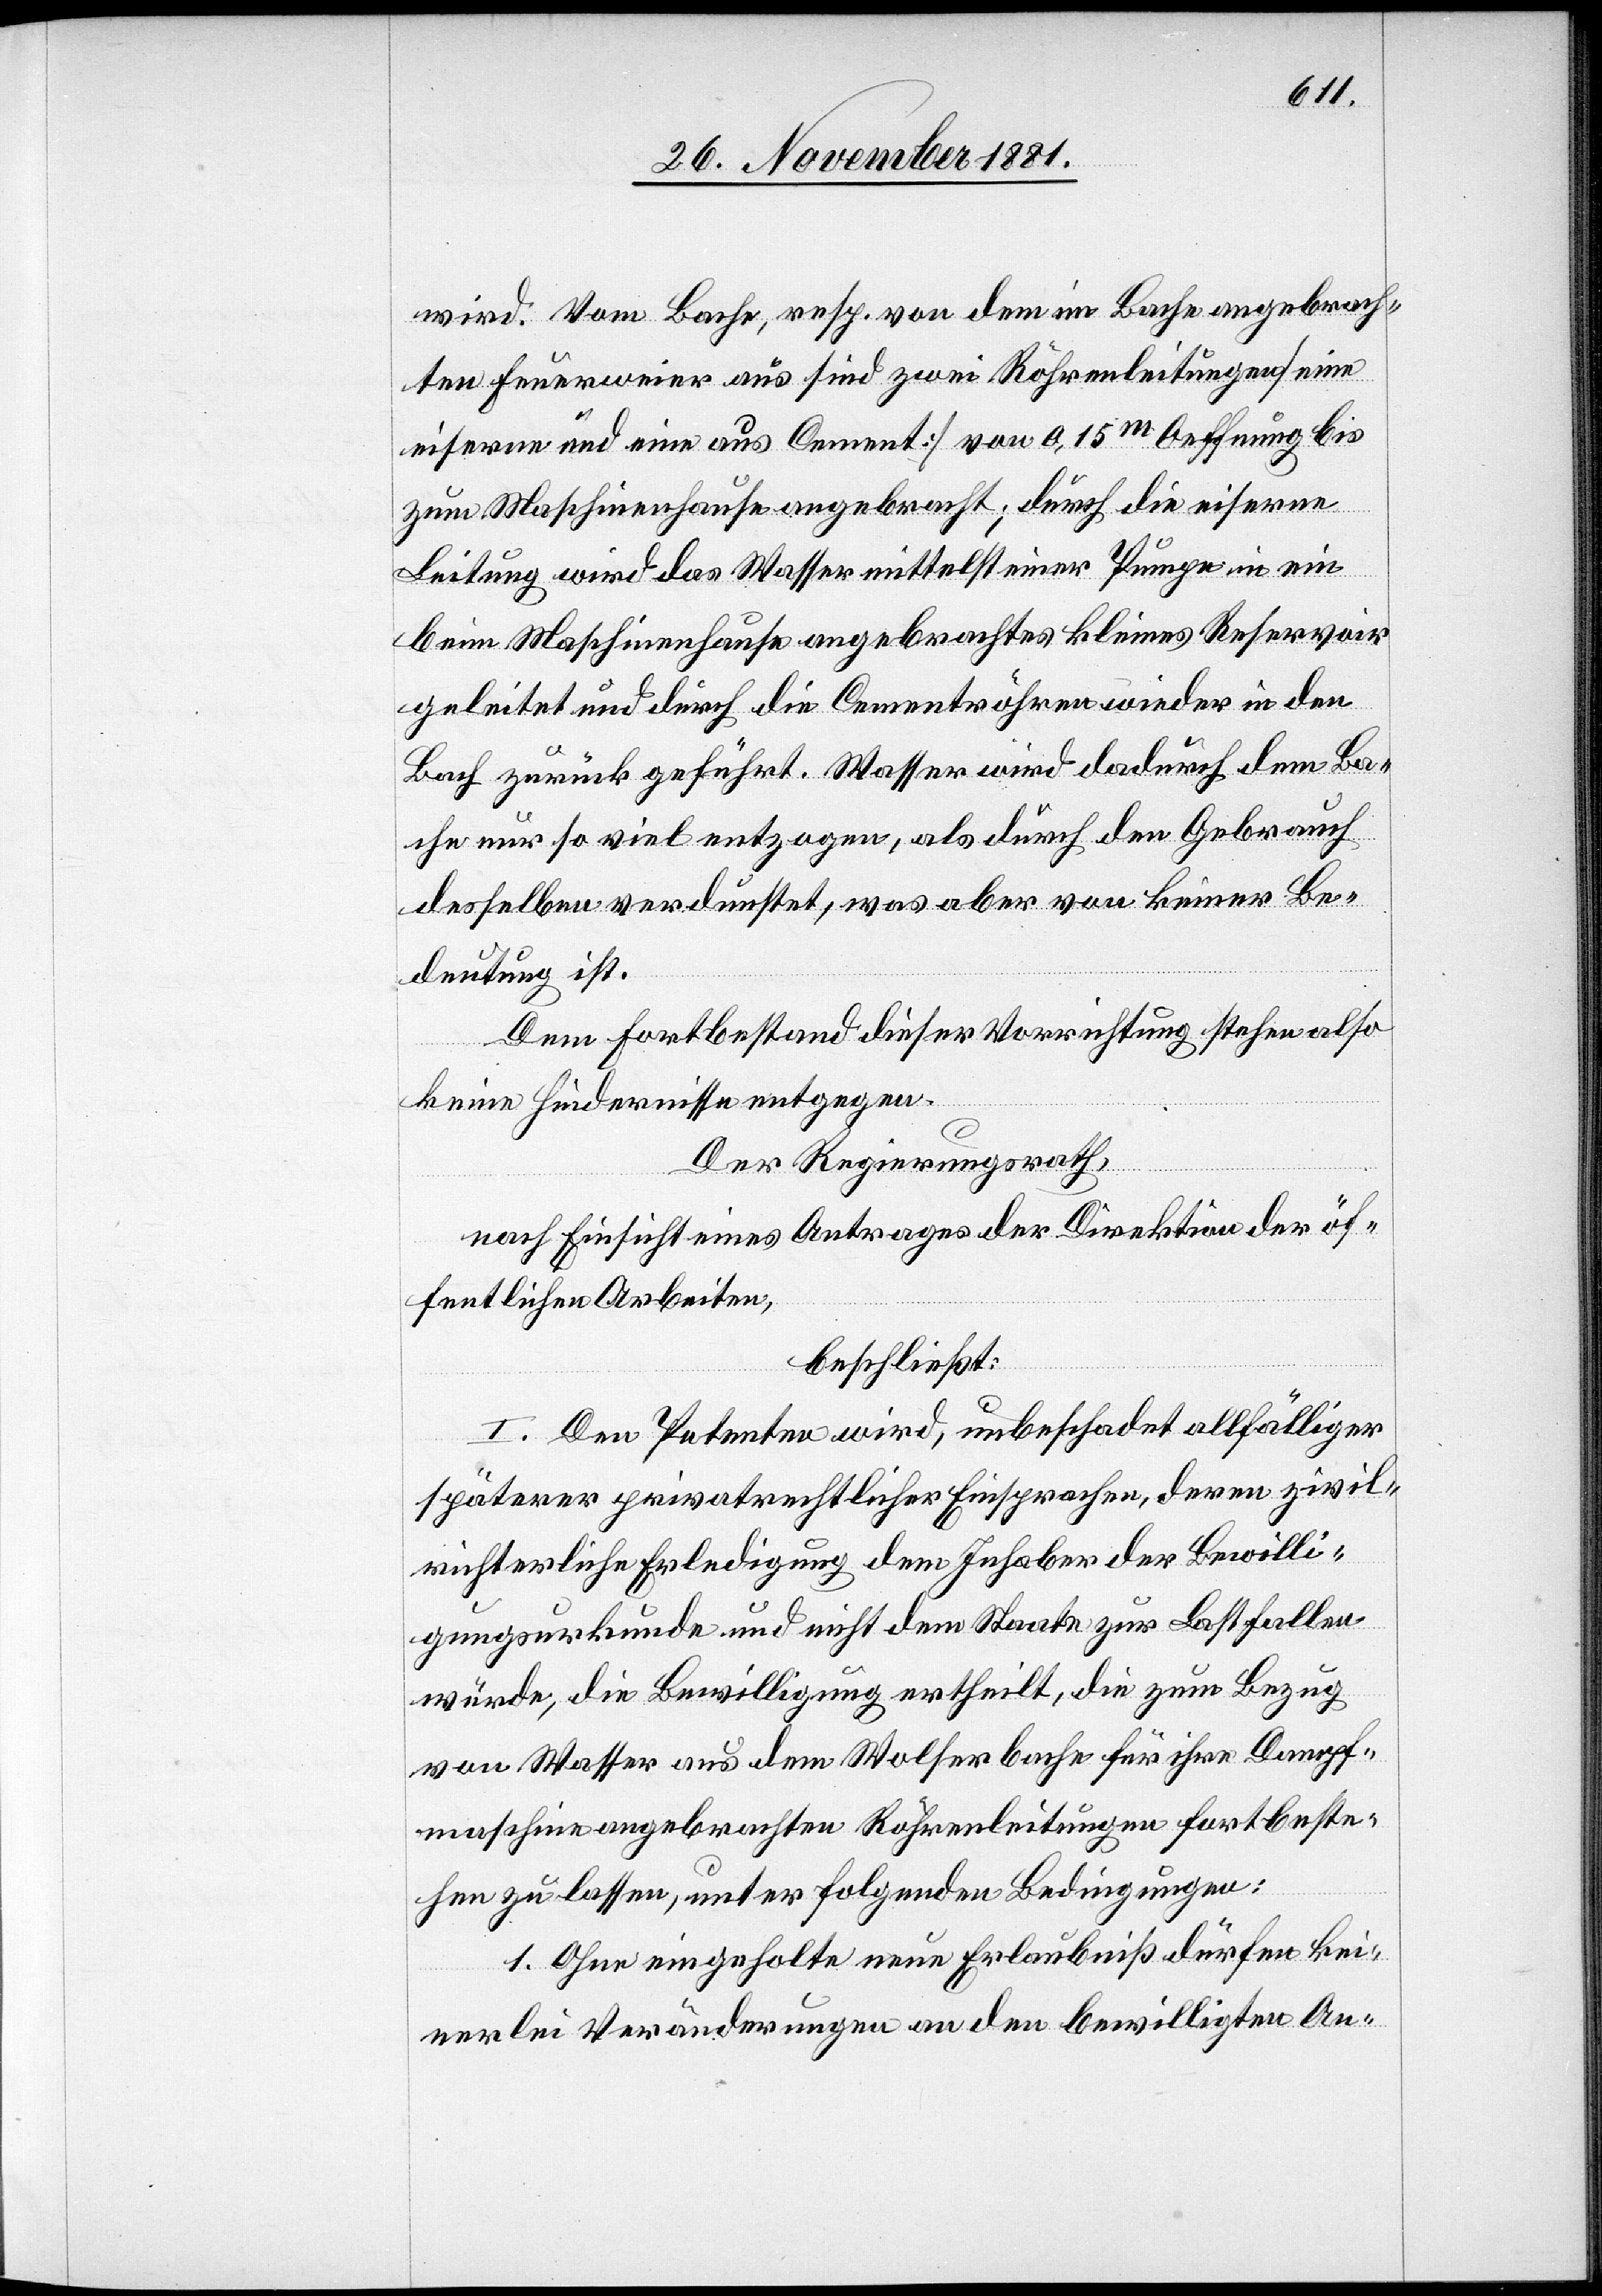
wird. Vom Bache, resp. von dem im Bache angebrach¬
ten Feuerweier aus sind zwei Röhrenleitungen [eine
eiserne und eine aus Cement] von 0,15m Oeffnung bis
zum Maschinenhause angebracht; durch die eiserne
Leitung wird das Wasser mittelst einer Pumpe in ein
beim Maschinenhause angebrachtes kleines Reservoir
geleitet und durch die Cementröhren wieder in den
Bach zurück geführt. Wasser wird dadurch dem Ba¬
che nur so viel entzogen, als durch den Gebrauch
desselben verdunstet, was aber von keiner Be¬
deutung ist.
Dem Fortbestand dieser Vorrichtung stehen also
keine Hindernisse entgegen.
Der Regierungsrath,
nach Einsicht eines Antrages der Direktion der öf¬
fentlichen Arbeiten,
beschließt:
I. Dem Petenten wird, unbeschadet allfälliger
späterer privatrechtlicher Einsprachen, deren zivil¬
richterliche Erledigung dem Inhaber der Bewilli¬
gungsurkunde und nicht dem Staate zur Last fallen
würde, die Bewilligung ertheilt, die zum Bezug
von Wasser aus dem Wolferbache für ihre Dampf¬
maschine angebrachten Röhrenleitungen fortbeste¬
hen zu lassen, unter folgenden Bedingungen:
1. Ohne eingeholte neue Erlaubniß dürfen kei¬
nerlei Veränderungen an den bewilligten An-